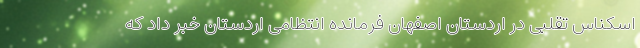
اسکناس تقلبی در اردستان اصفهان فرمانده انتظامی اردستان خبر داد که